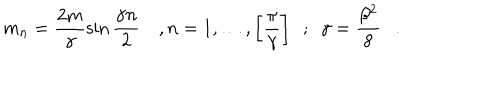
m _ { n } = \frac { 2 m } { \gamma } \sin \frac { \gamma n } { 2 } ~ , n = 1 , \ldots , \left[ \frac { \pi } { \gamma } \right] ~ ~ ; ~ ~ \gamma = \frac { \beta ^ { 2 } } { 8 } .